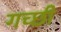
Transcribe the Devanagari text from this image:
गच्छी